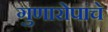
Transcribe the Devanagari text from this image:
गुणारोपांचे